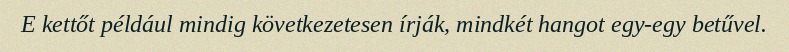
E kettőt például mindig következetesen írják, mindkét hangot egy-egy betűvel.